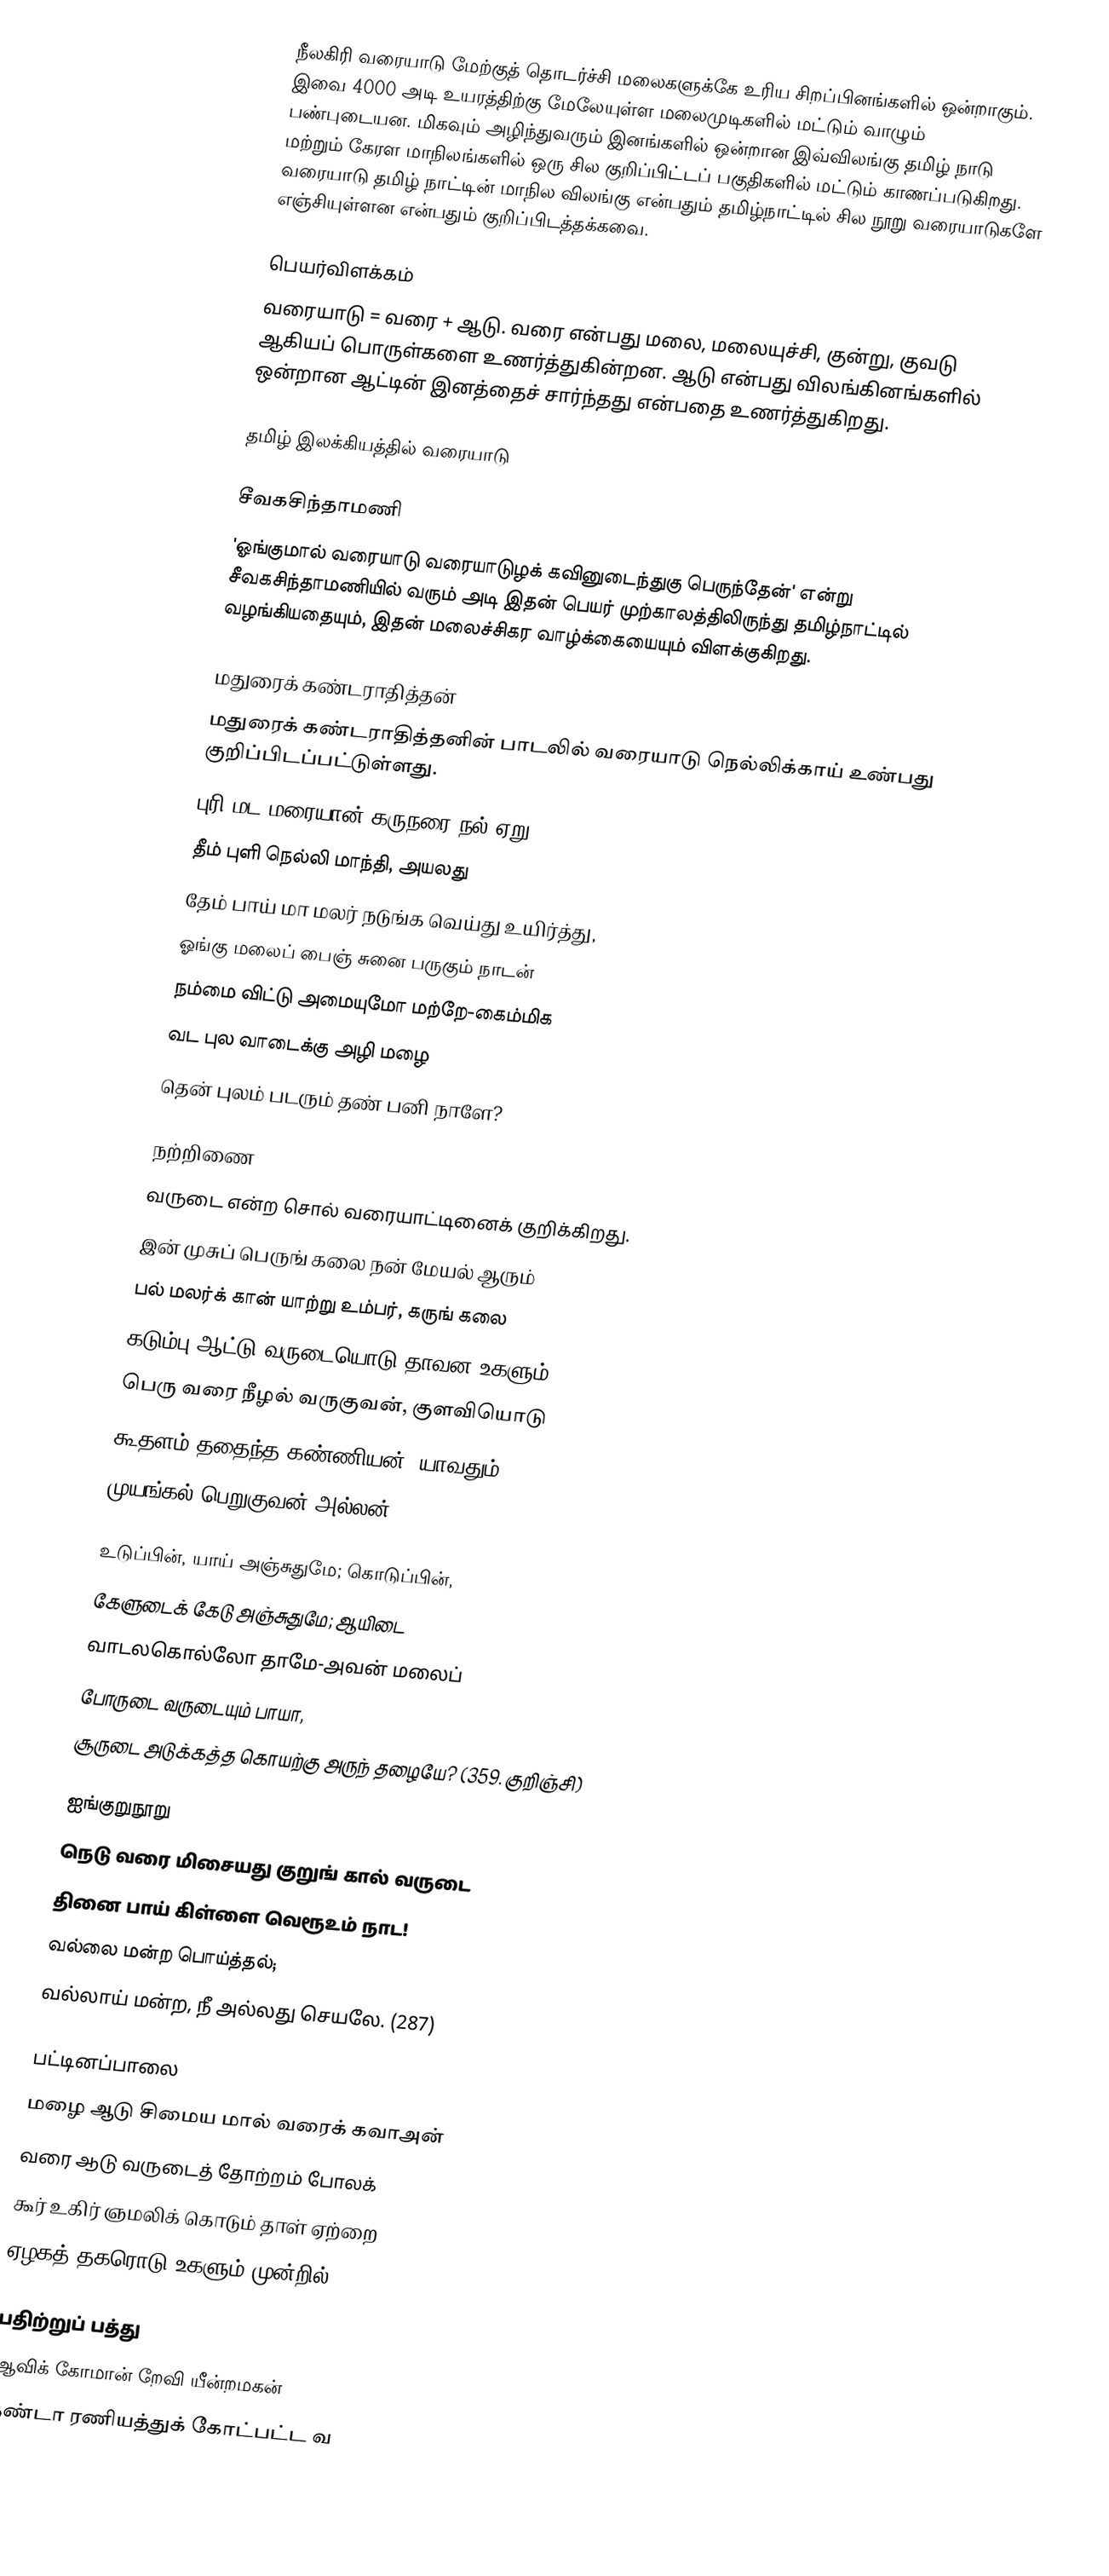
நீலகிரி வரையாடு மேற்குத் தொடர்ச்சி மலைகளுக்கே உரிய சிறப்பினங்களில் ஒன்றாகும். இவை 4000 அடி உயரத்திற்கு மேலேயுள்ள மலைமுடிகளில் மட்டும் வாழும் பண்புடையன. மிகவும் அழிந்துவரும் இனங்களில் ஒன்றான இவ்விலங்கு தமிழ் நாடு மற்றும் கேரள மாநிலங்களில் ஒரு சில குறிப்பிட்டப் பகுதிகளில் மட்டும் காணப்படுகிறது. வரையாடு தமிழ் நாட்டின் மாநில விலங்கு என்பதும் தமிழ்நாட்டில் சில நூறு வரையாடுகளே எஞ்சியுள்ளன என்பதும் குறிப்பிடத்தக்கவை.

பெயர்விளக்கம்
வரையாடு = வரை + ஆடு. வரை என்பது மலை, மலையுச்சி, குன்று, குவடு ஆகியப் பொருள்களை உணர்த்துகின்றன. ஆடு என்பது விலங்கினங்களில் ஒன்றான ஆட்டின் இனத்தைச் சார்ந்தது என்பதை உணர்த்துகிறது.

தமிழ் இலக்கியத்தில் வரையாடு

சீவகசிந்தாமணி
'ஓங்குமால் வரையாடு வரையாடுழக் கவினுடைந்துகு பெருந்தேன்' என்று சீவகசிந்தாமணியில் வரும் அடி இதன் பெயர் முற்காலத்திலிருந்து தமிழ்நாட்டில் வழங்கியதையும், இதன் மலைச்சிகர வாழ்க்கையையும் விளக்குகிறது.

மதுரைக் கண்டராதித்தன்
மதுரைக் கண்டராதித்தனின் பாடலில் வரையாடு நெல்லிக்காய் உண்பது குறிப்பிடப்பட்டுள்ளது.
புரி மட மரையான் கருநரை நல் ஏறு
தீம் புளி நெல்லி மாந்தி, அயலது
தேம் பாய் மா மலர் நடுங்க வெய்து உயிர்த்து,
ஓங்கு மலைப் பைஞ் சுனை பருகும் நாடன்
நம்மை விட்டு அமையுமோ மற்றே-கைம்மிக
வட புல வாடைக்கு அழி மழை
தென் புலம் படரும் தண் பனி நாளே?

நற்றிணை
வருடை என்ற சொல் வரையாட்டினைக்  குறிக்கிறது.
 இன் முசுப் பெருங் கலை நன் மேயல் ஆரும்
பல் மலர்க் கான் யாற்று உம்பர், கருங் கலை
கடும்பு ஆட்டு வருடையொடு தாவன உகளும்
பெரு வரை நீழல் வருகுவன், குளவியொடு
கூதளம் ததைந்த கண்ணியன்; யாவதும்
முயங்கல் பெறுகுவன் அல்லன்; ( 119)

 உடுப்பின், யாய் அஞ்சுதுமே; கொடுப்பின்,
கேளுடைக் கேடு அஞ்சுதுமே; ஆயிடை
வாடலகொல்லோ தாமே-அவன் மலைப்
போருடை வருடையும் பாயா,
சூருடை அடுக்கத்த கொயற்கு அருந் தழையே?   (359. குறிஞ்சி)

ஐங்குறுநூறு
நெடு வரை மிசையது குறுங் கால் வருடை
தினை பாய் கிள்ளை வெரூஉம் நாட!
வல்லை மன்ற பொய்த்தல்;
வல்லாய் மன்ற, நீ அல்லது செயலே.  (287)

பட்டினப்பாலை
மழை ஆடு சிமைய மால் வரைக் கவாஅன்
வரை ஆடு வருடைத் தோற்றம் போலக்
கூர் உகிர் ஞமலிக் கொடும் தாள் ஏற்றை
ஏழகத் தகரொடு உகளும் முன்றில் (126-141)

பதிற்றுப் பத்து
ஆவிக் கோமான் றேவி யீன்றமகன்
தண்டா ரணியத்துக் கோட்பட்ட வ